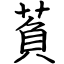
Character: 萯